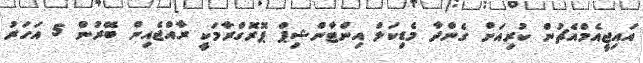
އައިޖީއެމްއެޗުން ކުރިއަށް ގެންދާ މެޑިކަލް އިންޓާންޝިޕް ޕޮރޮގްރާމަކީ ރާއްޖެއިން ބޭރުން 5 އަހަރު